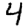
Digit: 4